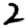
Digit: 2